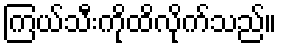
ကြယ်သီးကိုထိလိုက်သည်။